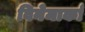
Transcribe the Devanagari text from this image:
विनेमार्का